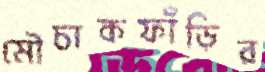
মৌচাকফাঁড়ির